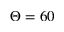
\Theta = 6 0